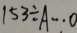
1 5 3 \div A \cdots 0